Vaccination in Bombay 1869-1873 - 1869-1873
Year: 1869
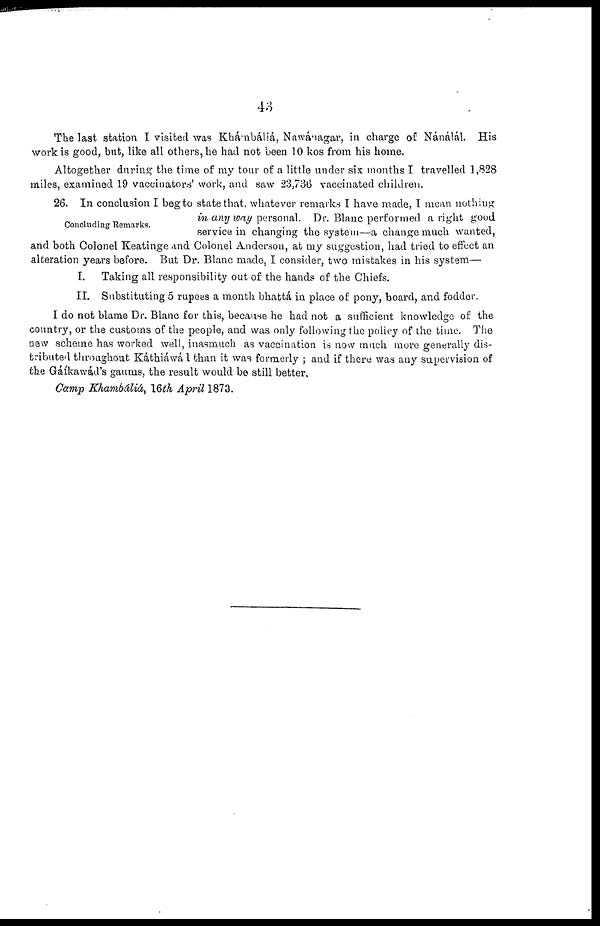
43
The last station I visited was Kbánbáliá, Nawánagar, in charge of Nánálál. His
work is good, but, like all others, he had not been 10 kos from his home.
Altogether during the time of my tour of a little under six months I travelled 1,828
miles, examined 19 vaccinators' work, and saw 23,736 vaccinated children.
Concluding Remarks.
26. In conclusion I beg to state that, whatever remarks I have made, I mean nothing
in any way personal. Dr. Blanc performed a right good
service in changing the system—a change much wanted,
and both Colonel Keatinge and Colonel Anderson, at my suggestion, had tried to effect an
alteration years before. But Dr. Blanc made, I consider, two mistakes in his system—
I. Taking all responsibility out of the hands of the Chiefs.
II. Substituting 5 rupees a month bhattá in place of pony, board, and fodder.
I do not blame Dr. Blanc for this, because he had not a sufficient knowledge of the
country, or the customs of the people, and was only following the policy of the time. The
new scheme has worked well, inasmuch as vaccination is now much more generally dis-
tributed throughout Káthiáwád than it was formerly ; and if there was any supervision of
the Gáíkawád's gaums, the result would be still better,
Camp Khambdliá, 16th April 1873.